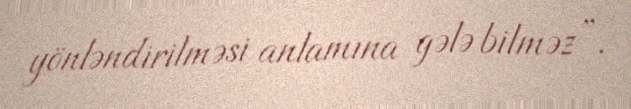
yönləndirilməsi anlamına gələ bilməz”.